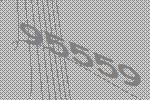
95559